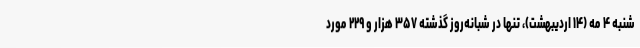
شنبه ۴ مه (۱۴ اردیبهشت)، تنها در شبانه‌روز گذشته ۳۵۷ هزار و ۲۲۹ مورد